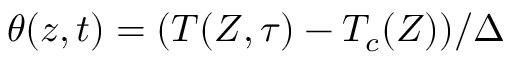
\theta ( z , t ) = ( T ( Z , \tau ) - T _ { c } ( Z ) ) / \Delta